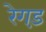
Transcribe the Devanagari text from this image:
रेगड़